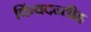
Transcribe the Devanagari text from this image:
किंवदन्तीह